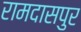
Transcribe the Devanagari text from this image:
रामदासपुर